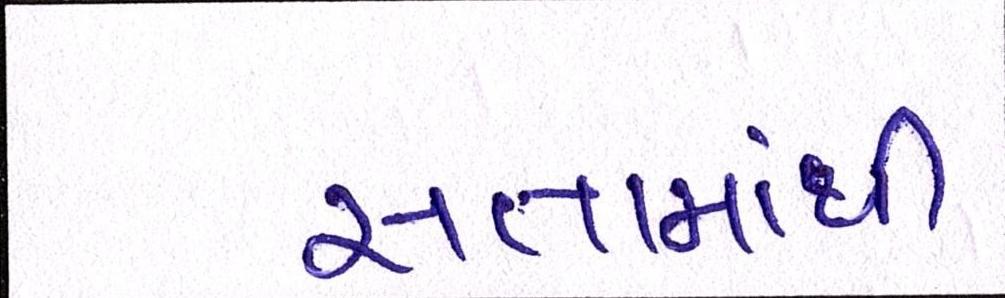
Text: સત્તામાંથી